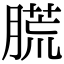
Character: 䐠